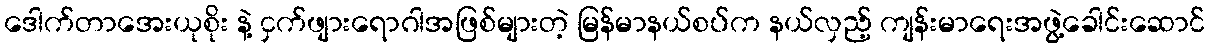
ဒေါက်တာအေးယုစိုး နဲ့ ငှက်ဖျားရောဂါအဖြစ်များတဲ့ မြန်မာနယ်စပ်က နယ်လှည့် ကျန်းမာရေးအဖွဲ့ခေါင်းဆောင်